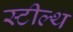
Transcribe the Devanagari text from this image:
स्‍टील्‍थ